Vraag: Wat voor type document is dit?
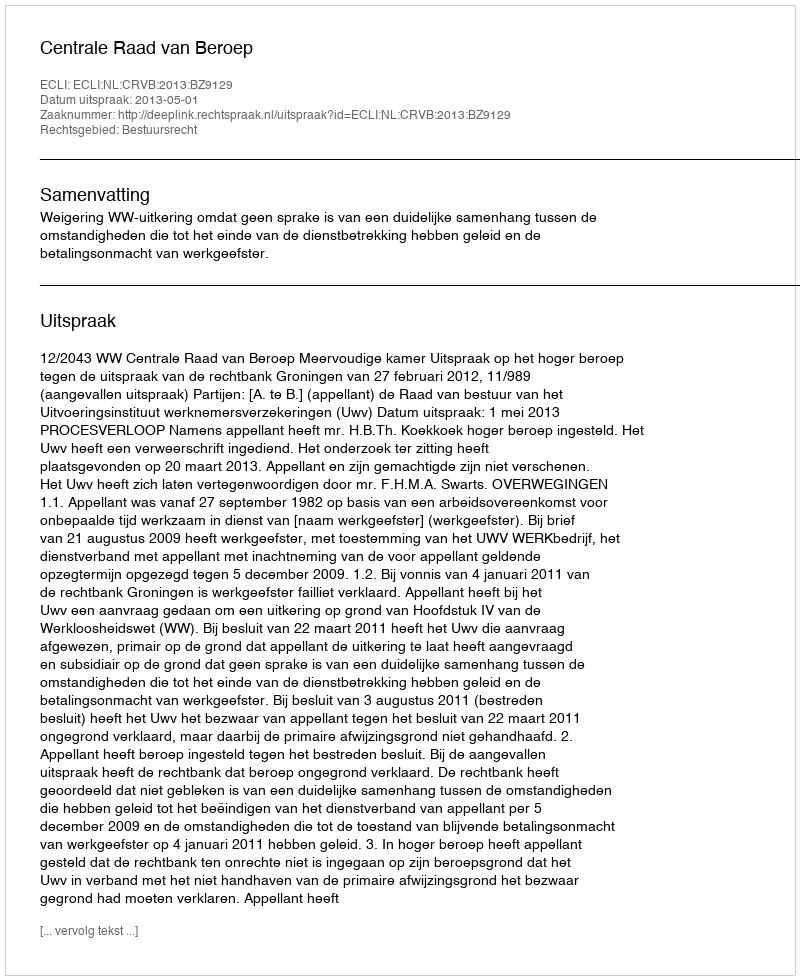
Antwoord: Uitspraak